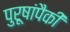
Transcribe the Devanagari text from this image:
पुरूषांपैकी